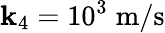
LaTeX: \mathbf{k}_{4}=10^{3}\; \mathrm{{m}}/\mathrm{{s}}